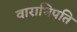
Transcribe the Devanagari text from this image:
वाराधिपति